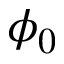
\phi _ { 0 }